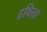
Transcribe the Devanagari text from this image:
हृषिता